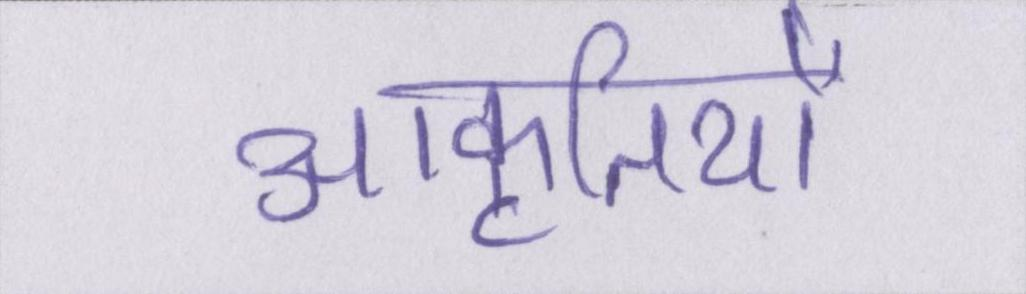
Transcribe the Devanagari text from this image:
आकृतियों